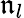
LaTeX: \mathfrak{n}_{l}